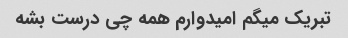
تبریک میگم امیدوارم همه چی درست بشه